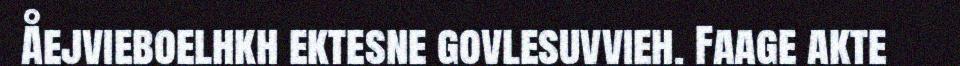
Åejvieboelhkh ektesne govlesuvvieh. Faage akte